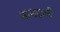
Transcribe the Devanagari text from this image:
जामडाली